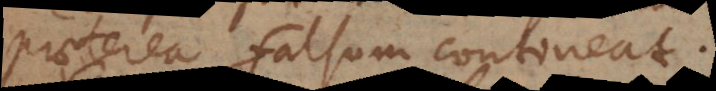
praeterea falsum contineat.